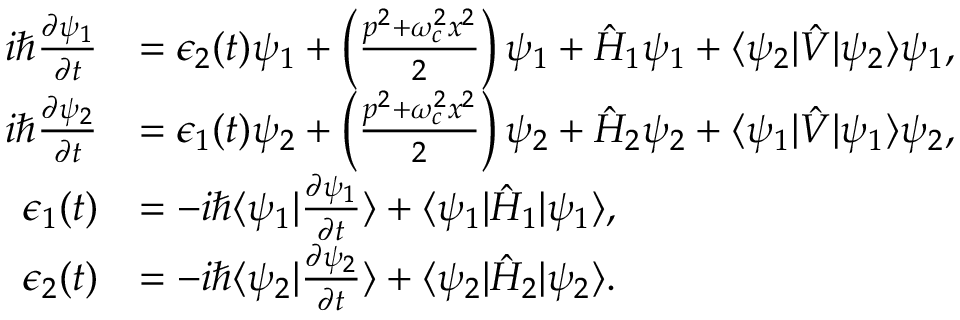
\begin{array} { r l } { i \hbar \frac { \partial \psi _ { 1 } } { \partial t } } & { = \epsilon _ { 2 } ( t ) \psi _ { 1 } + \left( \frac { p ^ { 2 } + \omega _ { c } ^ { 2 } x ^ { 2 } } { 2 } \right) \psi _ { 1 } + \hat { H } _ { 1 } \psi _ { 1 } + \langle \psi _ { 2 } | \hat { V } | \psi _ { 2 } \rangle \psi _ { 1 } , } \\ { i \hbar \frac { \partial \psi _ { 2 } } { \partial t } } & { = \epsilon _ { 1 } ( t ) \psi _ { 2 } + \left( \frac { p ^ { 2 } + \omega _ { c } ^ { 2 } x ^ { 2 } } { 2 } \right) \psi _ { 2 } + \hat { H } _ { 2 } \psi _ { 2 } + \langle \psi _ { 1 } | \hat { V } | \psi _ { 1 } \rangle \psi _ { 2 } , } \\ { \epsilon _ { 1 } ( t ) } & { = - i \hbar \langle \psi _ { 1 } | \frac { \partial \psi _ { 1 } } { \partial t } \rangle + \langle \psi _ { 1 } | \hat { H } _ { 1 } | \psi _ { 1 } \rangle , } \\ { \epsilon _ { 2 } ( t ) } & { = - i \hbar \langle \psi _ { 2 } | \frac { \partial \psi _ { 2 } } { \partial t } \rangle + \langle \psi _ { 2 } | \hat { H } _ { 2 } | \psi _ { 2 } \rangle . } \end{array}